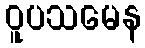
ဝူပသမေန